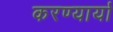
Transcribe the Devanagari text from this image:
करण्यार्या